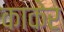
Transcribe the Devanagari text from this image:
काकेर